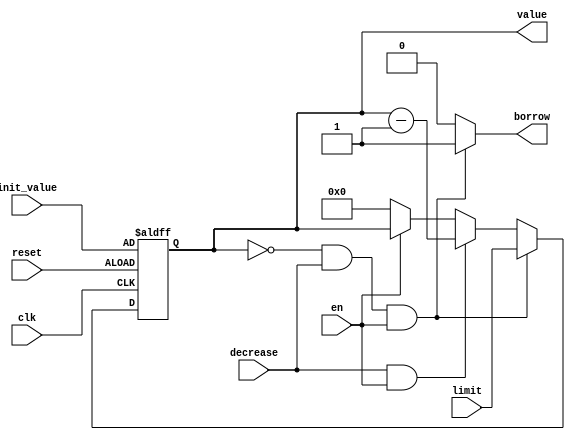
module num_counter(
    output [3:0] value,
    output borrow,
    input clk,
    input reset,
    input decrease,
    input [3:0] init_value,
    input [3:0] limit,
    input en
    );
    
reg [3:0] value;
reg [3:0] value_tmp;
reg borrow;
    
always @(value or decrease or en or limit)
begin
    if (value == 4'd0 && decrease && en)
    begin
        value_tmp = limit;
        borrow = 1;
    end
    else if (decrease && en)
    begin
        value_tmp = value - 4'd1;
        borrow = 0;
    end
    else if (en)
    begin
        value_tmp = value;
        borrow = 0;
    end
    else
    begin
        value_tmp = 4'd0;
        borrow = 0;
    end
end
   
always @(posedge clk or negedge reset)
begin
    if(~reset)
        value <= init_value;
    else
        value <= value_tmp;
end

endmodule